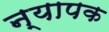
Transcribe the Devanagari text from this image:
न्यापक